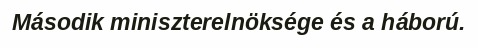
Második miniszterelnöksége és a háború.